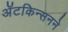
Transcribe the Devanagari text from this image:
ॲटकिन्सनने